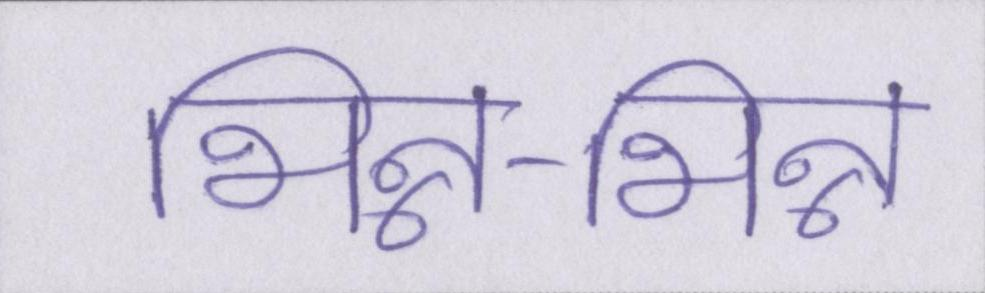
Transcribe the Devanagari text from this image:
भिन्न-भिन्न